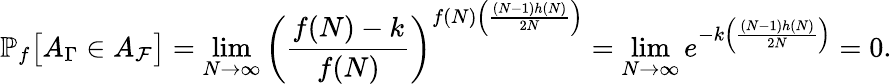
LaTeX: \mathbb{P}_{f}\big[A_{\Gamma}\in A_{\mathcal{F}}\big]=\operatorname*{lim}_{N\rightarrow\infty}\left(\frac{f(N)-k}{f(N)}\right)^{f(N)\left(\frac{(N-1)h(N)}{2N}\right)}=\operatorname*{lim}_{N\rightarrow\infty}e^{-k\left(\frac{(N-1)h(N)}{2N}\right)}=0.